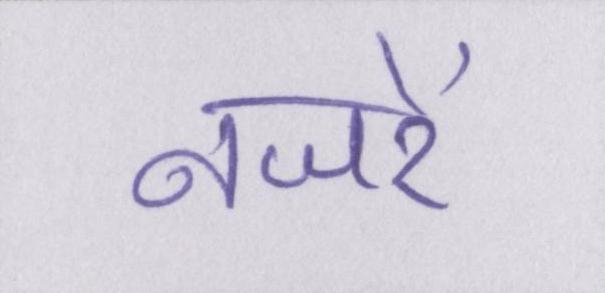
नजरें